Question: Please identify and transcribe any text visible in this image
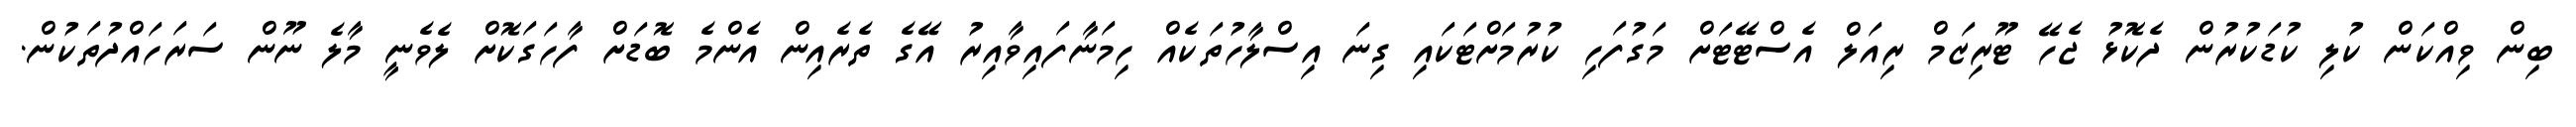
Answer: ބިން ވިއްކަން ކުލި ކުޑަކުރުން ދެކޮޅު ޖެހޭ ޓޫރިޒަމް ރިއަލް އެސްޓޭޓަށް މަގުފަހި ކުރުމަށްޓަކައި ގިނަ އިސްލާހުތަކެއް ހިމަނާފައިވާއިރު އޭގެ ތެރެއިން އެންމެ ބޮޑަށް ފާހަގަކޮށް ލެވެނީ މާލެ ނޫން ސަރަހައްދުތަކުން.